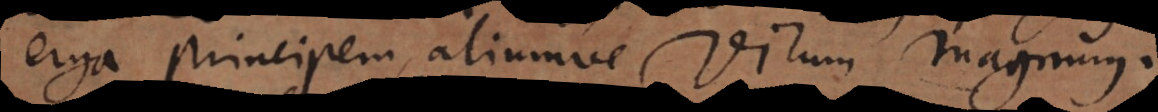
erga principem, aliumve virum magnum